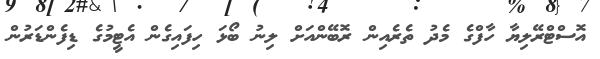
އޮސްޓްރޭލިޔާ ހާފްގެ މެދު ތެރެއިން ރޮބޭންއަށް ލިނު ބޯޅަ ހިފައިގެން އެޓީމުގެ ޑިފެންޑަރުން